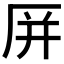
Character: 𪠆